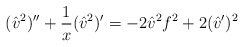
\begin{align*}({\hat v}^2)'' + {1 \over x} ({\hat v}^2)' = -2 {\hat v}^2 f^2+ 2 ({\hat v}')^2\end{align*}